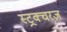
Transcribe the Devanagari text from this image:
स्ट्रक्चरज़